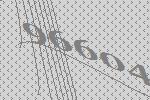
96604